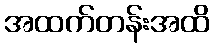
အထက်တန်းအထိ